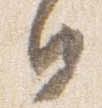
日